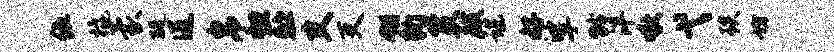
伍橇蒙醍送帛怛贮支吏翎豹策麒谌好挲龄泮啾弋琰坊